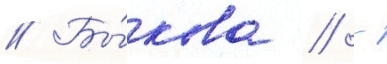
// Бы́кова // -